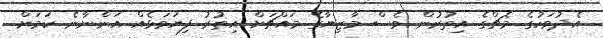
އެދުވަހުގެ މެޗްގެ އިތުރުން ވެސް މާޒިޔާގެ މައްޗަށް އިތުރު ފިޔަވަޅެއް އަންނާނެ ކަމަށް